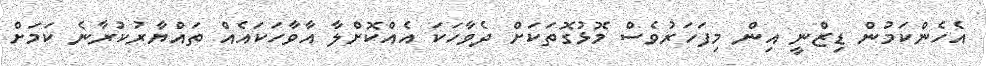
އެހެންކަމުން ޑިޒްނީ އިން މިފަހަރުވެސް މޮޅުގޮތަކަށް ދެވާހަކަ އެއްކޮށްލާ އާވާހަކައެއް ތައްޔާރުކުރާނެ ކަމަށް